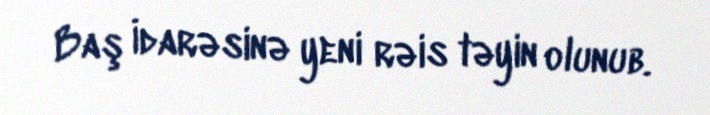
Baş İdarəsinə yeni rəis təyin olunub.